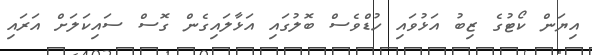
އިޔަން ކޯޓުގެ ޒިބު އަޅުވައި ހުޑްވެސް ބޮލުގައި އަޅާލައިގެން ގޮސް ސައިކަލަށް އަރައި